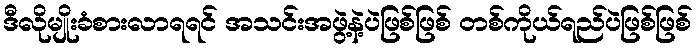
ဒီလိုမျိုးခံစားလာရရင် အသင်းအဖွဲ့နဲ့ပဲဖြစ်ဖြစ် တစ်ကိုယ်ရည်ပဲဖြစ်ဖြစ်